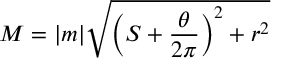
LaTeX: M = | m | \sqrt { \left( S + \frac { \theta } { 2 \pi } \right) ^ { 2 } + r ^ { 2 } }